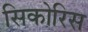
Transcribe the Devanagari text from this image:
सिकोरिस